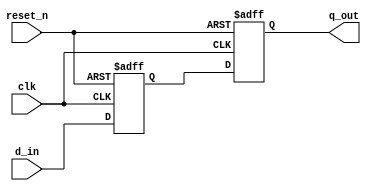
module latch_delay(
    input wire clk, // Clock signal
    input wire reset_n, // Active low reset signal
    input wire d_in, // Input data signal
    output reg q_out // Output data signal
);

// D flip-flop for introducing a delay
reg d_ff;

always @(posedge clk or negedge reset_n) begin
    if (!reset_n) begin
        d_ff <= 1'b0; // Reset to 0
    end else begin
        d_ff <= d_in; // Store input data
    end
end

// Output latch for delaying the input signal
always @(posedge clk or negedge reset_n) begin
    if (!reset_n) begin
        q_out <= 1'b0; // Reset to 0
    end else begin
        q_out <= d_ff; // Output delayed data
    end
end

endmodule